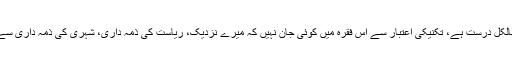
نعرہ بازی اور جذباتیت کے حوالے سے یہ فقرہ بالکل درست ہے، تکنیکی اعتبار سے اس فقرہ میں کوئی جان نہیں کہ میرے نزدیک، ریاست کی ذمہ داری، شہری کی ذمہ داری سے بہت / بہت بڑی اور بہت / بہت پہلے ہوتی ہے۔